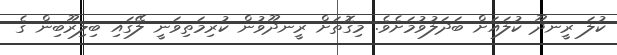
ކުލަ ރީނދޫ ކުލައަށް ބަދަލުވުމަށެވެ. މިގޮތަށް ރީނދޫވުން ކުރިމަތިވަނީ ލޭގައި ބިލިރޫބިން ގެ